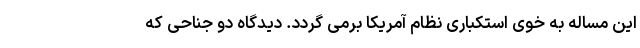
این مساله به خوی استکباری نظام آمریکا برمی گردد. دیدگاه دو جناحی که